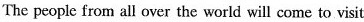
The people from all over the world will come to visit